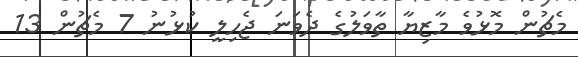
މެޗުން މޮޅުވެ މާޒިޔާ ތާވަލުގެ ދެވަނަ ޖެހިލީ ކުޅުނު 7 މެޗުން 13